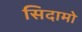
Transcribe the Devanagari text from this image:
सिदामो